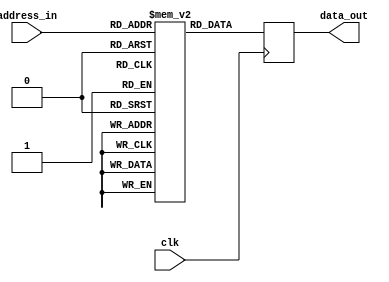
`default_nettype none
module sync_rom #(parameter DATA_WIDTH=8, ADDRESS_WIDTH=10)
	 (input  wire                      clk,
		input  wire  [ADDRESS_WIDTH-1:0] address_in,
		output wire  [DATA_WIDTH-1:0]    data_out);

	localparam WORD  = (DATA_WIDTH-1);
	localparam DEPTH = (2**ADDRESS_WIDTH-1);

	reg [WORD:0] data_out_r;
	reg [WORD:0] memory [0:DEPTH];

	integer i,j = 64'hF4B1CA8127865242;
	initial
		for (i = 0; i <= DEPTH; i++) begin
			// In case this ROM will be implemented in fabric: fill the memory with some data
			// uncorrelated with the address, or Yosys might see through the ruse and e.g. not
			// emit any LUTs at all for `memory[i] = i;`, just a latch.
			memory[i] = j * 64'h2545F4914F6CDD1D;
			j = j ^ (j >> 12);
			j = j ^ (j << 25);
			j = j ^ (j >> 27);
		end

	always @(posedge clk) begin
		data_out_r <= memory[address_in];
	end

	assign data_out = data_out_r;

endmodule // sync_rom